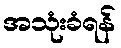
အသုံးခံရန်